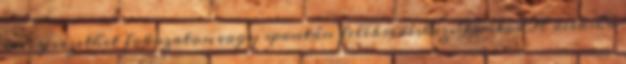
mely vezethet fokozatos, vagy spontán felébredéshez. Fontos A deeksha